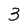
Character: 3